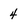
Character: 4